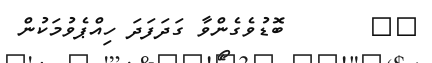
١٦       ބޮޑުވެގެންވާ ގަދަފަދަ ހިއްޕެވުމަކުން